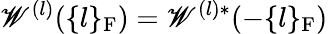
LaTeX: \mathscr{W}^{(l)}(\{ l\} _{\mathrm{F}})=\mathscr{W}^{(l)*}(-\{ l\} _{\mathrm{F}})